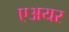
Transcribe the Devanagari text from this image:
एअयर